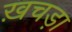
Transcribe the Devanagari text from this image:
ख़चड़ा